Tezpur Lunatic Asylum reports 1895-1904 - 1895-1904
Year: 1895
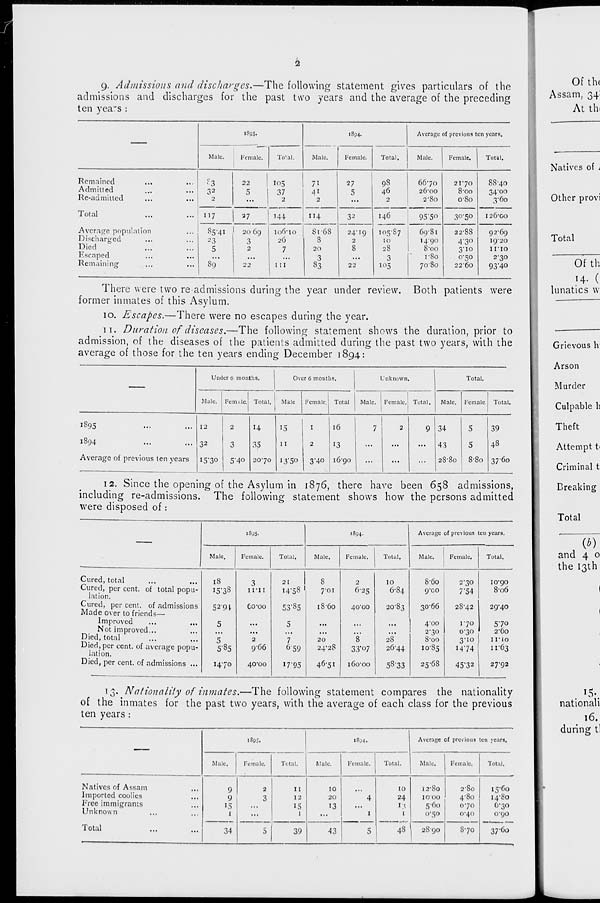
I
2
9. Admissions and discharges.—The following statement gives particulars of the
admissions and discharges for the past two years and the average of the preceding
ten yea"s :
1895.
1894.
Average jf previous ten years.
Male.
Female.
Total.
Male.
Female.
Total.
Male.
Female.
Total.
Remained
Admitted
Re-admitted
«°3
3 2
2
22
5
105
37
2
71
2
27
5
98
46
2
66-70
26*00
2-80
2170
8-oo
080
8S-40
34-00
3-60
Total
117
27
144
J*
8r68
8
20
3
83
32
24-19
2
8
22
I46
IOS-87
IO
28
3
10 5
955"
30-50
126'Go
Average population
Discharged
Died
Escaped
Remaining
8541
23
5
89"
2069
3
2
22
lo6-io
26
7
1 [I
6981
14-90
8 - oo
r8o
7080
22-88
4*3°
3-10
0-50
2260
92-69
19-20
irio
230
93 "4o
There were two re admissions during the year under review. Both patients were
former inmates of this Asylum.
10. Escapes.—There were no escapes during the year.
n. Duration of diseases.—The following statement shows the duration, prior to
admission, of the diseases of the patients admitted during the past two years, with the
average of those for the ten years ending December 1894:
Under 6 months.
Over 6 months.
Unknown.
Total.
Male.
Fern,tie. Total. ' Male
1
Female.! Total
Male.
Female. Total.
Male.
Female. Total.
1S95
...
... 12
2
14
15
I
16
7
2
9 34
5
39
1894
...
... 32
3
35
II
2
13
...
...
...
43
5
4 S
Average of previous ten years I5-30
5'4o 20-70 I3'5°
3"4o 16-90
...
...
...
28-80
8-8o 3760
12. Since the opening of the Asylum in 1876, there have been 658 admissions,
including re-admissions. The following statement shows how the persons admitted
were disposed of:
1S05.
Male.
Female.
Total.
1894.
Male.
Female,
Total.
Average of previous ten years.
Male.
Female.
Total.
Cured, total
Cured, per cent, of total popu-
lation.
Cured, per cent, of admissions
Made over to friends—
Improved
Not improved...
Died, total
Died, per cent, of average popu-
lation.
Died, per cent, of admissions ...
18
15-38
3
II-II
.. 1
14-58 "
8
701
2
6-25
52-91
Co-oo
53-S5
18-60
4o'oo
5
...
5
...
...
5
5-85
2
966
7
059
20
24-28
8
33'07
14-70
40-00
17*95
46-51
160-00
10
6-84
20-83
2S
26-44
5S-33
8-6o
9x0
2-30
7 '54
30-66
28-42
4-00
2-30
8-oo
10-85
1-70
0-30
3-10
1474
25-68
45-32
10-90
8-06
29-40
5*7o
2 - 6o
II'IO
11-63
27-92
13. Nationality of inmates.—The following statement compares the nationality
of the inmates for the past two years, with the average of each class for the previous
ten years :
1895.
1894.
1 Average ■jl previous ten years.
Male.
Female.
Total.
Male.
Female.
Total.
Male.
Female.
Total.
Natives of Assam
Imported coolies
Free immigrants
Unknown
...
9
9
15
1
2
3
5
II
12
15
1
10
20
13
43
4
1
10
24
I'S
1
48
12-80
lOOO
560
0-50
2'So
4-80
0*70
0-40
I5'6O
14-80
6-30
090
Total
34
39
5
28 90
S70
37-60
Of thi
Assam, 34:
At tin
Natives of i
Other provi
Of th
14. (
lunatics w
Grievous h
Arson
Murder
Culpable h
Theft
Attempt t<
Criminal t
Breaking
Total
and 4 0
the 13th
'5\
nationali
16.
during t!